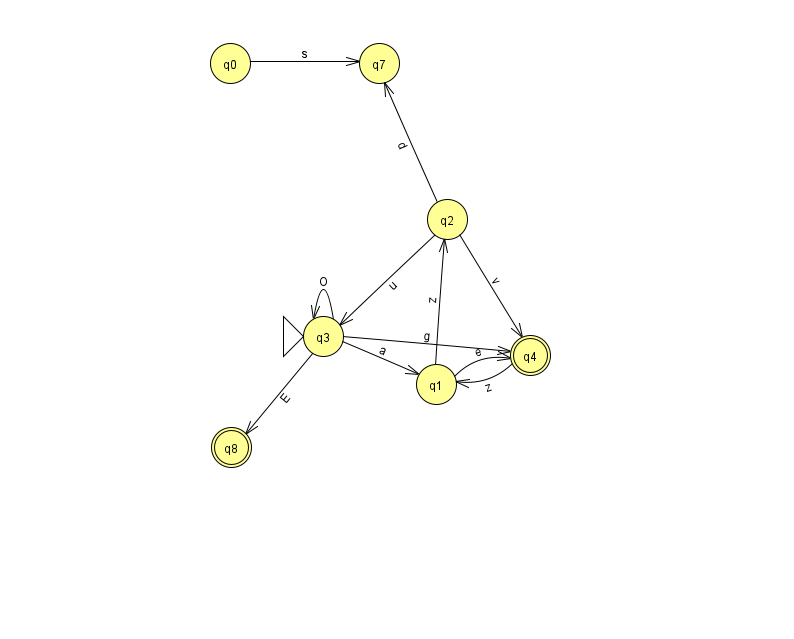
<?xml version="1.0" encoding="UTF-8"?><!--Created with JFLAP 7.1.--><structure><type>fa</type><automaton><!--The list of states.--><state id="0" name="q0"><x>230.0</x><y>50.0</y></state><state id="1" name="q1"><x>436.0</x><y>371.0</y></state><state id="2" name="q2"><x>447.0</x><y>206.0</y></state><state id="3" name="q3"><x>323.0</x><y>323.0</y><initial/></state><state id="4" name="q4"><x>530.0</x><y>342.0</y><final/></state><state id="7" name="q7"><x>379.0</x><y>50.0</y></state><state id="8" name="q8"><x>231.0</x><y>434.0</y><final/></state><!--The list of transitions.--><transition><from>2</from><to>4</to><read>v</read></transition><transition><from>4</from><to>1</to><read>z</read></transition><transition><from>3</from><to>8</to><read>E</read></transition><transition><from>0</from><to>7</to><read>s</read></transition><transition><from>1</from><to>2</to><read>z</read></transition><transition><from>3</from><to>1</to><read>a</read></transition><transition><from>2</from><to>7</to><read>d</read></transition><transition><from>3</from><to>4</to><read>g</read></transition><transition><from>1</from><to>4</to><read>e</read></transition><transition><from>2</from><to>3</to><read>u</read></transition><transition><from>3</from><to>3</to><read>O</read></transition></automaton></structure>